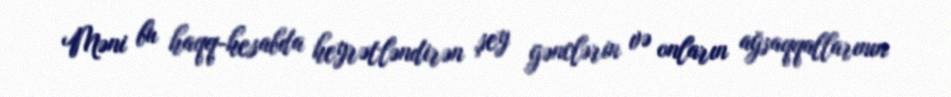
Məni bu haqq-hesabda heyrətləndirən şey gənclərin və onların ağsaqqallarının